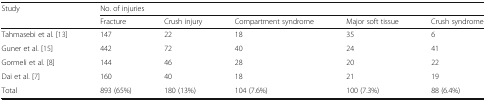
<table><thead><tr><td rowspan="2"><b>Study</b></td><td colspan="5"><b>No. of injuries</b></td></tr><tr><td><b>Fracture</b></td><td><b>Crush injury</b></td><td><b>Compartment syndrome</b></td><td><b>Major soft tissue</b></td><td><b>Crush syndrome</b></td></tr></thead><tbody><tr><td>Tahmasebi et al. [13]</td><td>147</td><td>22</td><td>18</td><td>35</td><td>6</td></tr><tr><td>Guner et al. [15]</td><td>442</td><td>72</td><td>40</td><td>24</td><td>41</td></tr><tr><td>Gormeli et al. [8]</td><td>144</td><td>46</td><td>28</td><td>20</td><td>22</td></tr><tr><td>Dai et al. [7]</td><td>160</td><td>40</td><td>18</td><td>21</td><td>19</td></tr><tr><td>Total</td><td>893 (65%)</td><td>180 (13%)</td><td>104 (7.6%)</td><td>100 (7.3%)</td><td>88 (6.4%)</td></tr></tbody></table>